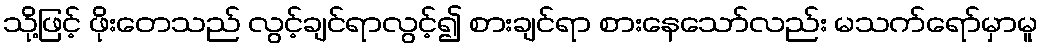
သို့ဖြင့် ဖိုးတေသည် လွင့်ချင်ရာလွင့်၍ စားချင်ရာ စားနေသော်လည်း မသက်ရော်မှာမူ